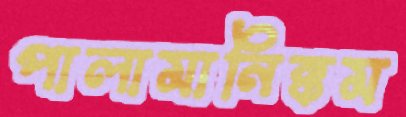
পালামানিক্কম